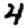
Digit: 4